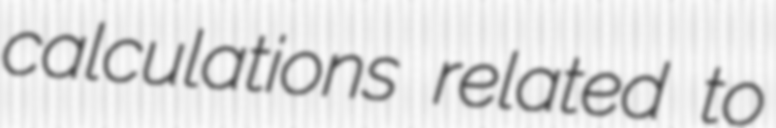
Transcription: calculations related to